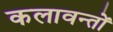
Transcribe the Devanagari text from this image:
कलावन्तों